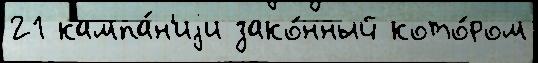
21 кампа́н'иjи зако́нный кото́ром